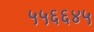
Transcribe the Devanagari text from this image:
५५६६४५